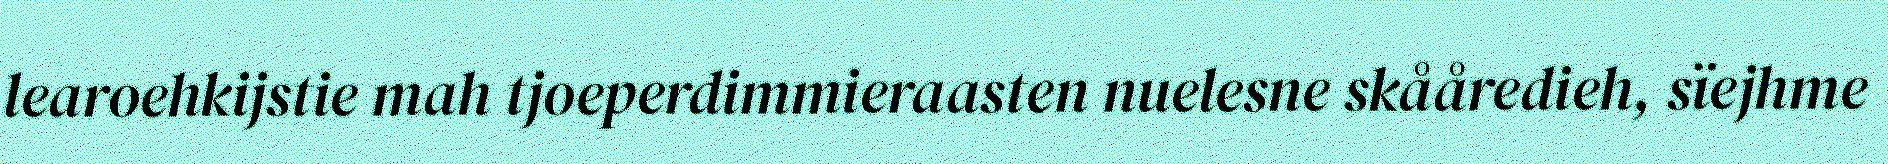
learoehkijstie mah tjoeperdimmieraasten nuelesne skååredieh, sïejhme